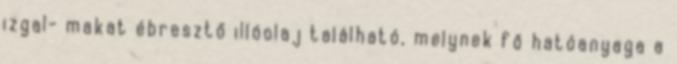
izgal- makat ébresztő illóolaj található, melynek fő hatóanyaga a